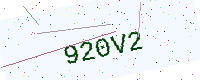
Text: 920V2